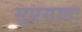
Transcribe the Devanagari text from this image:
सुप्रसादः